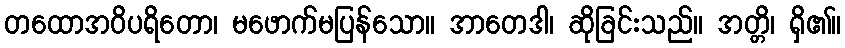
တထောအဝိပရိတော၊ မဖောက်မပြန်သော။ အာတေဒါ၊ ဆိုခြင်းသည်။ အတ္တိ၊ ရှိ၏။